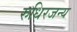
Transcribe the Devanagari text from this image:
रुधिरजन्य